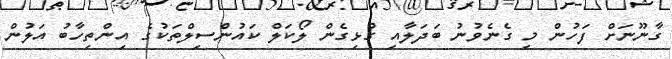
ގާނޫނަށް ފަހުން މި ގެނެވުނު ބަދަލާއި ގުޅިގެން ލޯކަލް ކައުންސިލްތަކުގެ އިންތިހާބު އަލުން